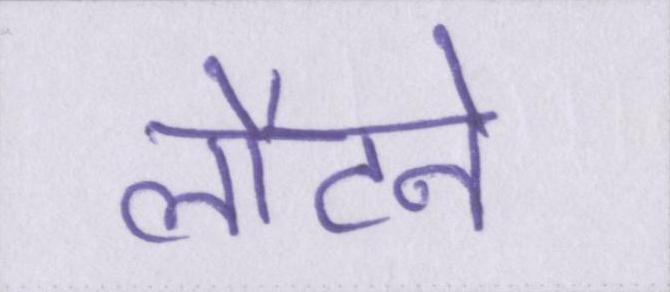
लौटने